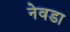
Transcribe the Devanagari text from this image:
नेवडा